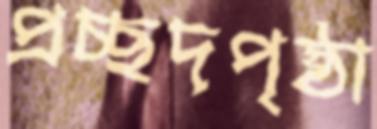
প্রচ্ছদপৃষ্ঠা